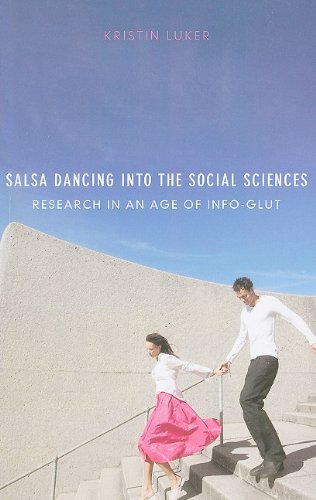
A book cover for Salsa Dancing into the Social Sciences: Research in an Age of Info-glut; Kristin Luker; Politics & Social Sciences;